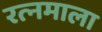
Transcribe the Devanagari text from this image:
रत्‍नमाला